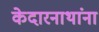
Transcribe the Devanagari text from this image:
केदारनाथांना